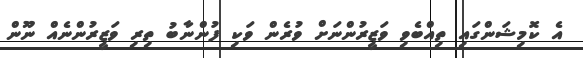
އެ ކޮމިޝަންގައި ތިއްބެވި ވަޒީރުންނަށް ވުރެން ވަކި ފުންނާބު ތިރި ވަޒީރުންނެއް ނޫން